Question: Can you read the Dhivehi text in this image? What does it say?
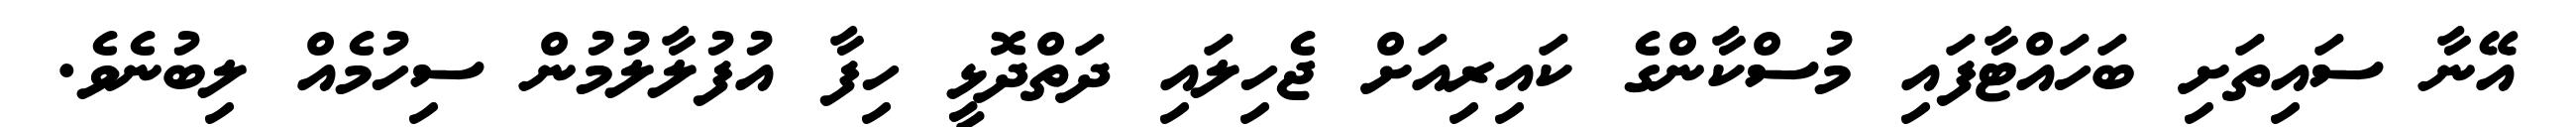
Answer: އޭނާ ސައިތަށި ބަހައްޓާފައި މުސްކާންގެ ކައިރިއަށް ޖެހިލައި ދަތްދޮޅީ ހިފާ އުފުލާލުމުން ސިހުމެއް ލިބުނެވެ.